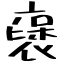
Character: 襃